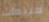
مبيعات